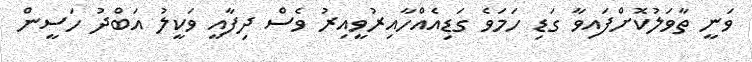
ވަނީ ތާވަލުކޮށްފައިވާ ގަޑި ހަމަވެ ގަޑިއެއްހާއިރުވީއިރު ވެސް ދިފާއީ ވަކީލު އަބްދު ހަސީން